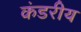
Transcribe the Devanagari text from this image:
कंडरीय